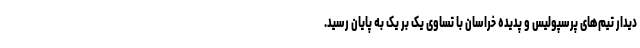
دیدار تیم‌های پرسپولیس و پدیده خراسان با تساوی یک بر یک به پایان رسید.